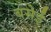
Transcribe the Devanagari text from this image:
बसेईं